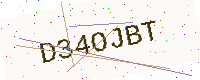
Text: D34OJBT